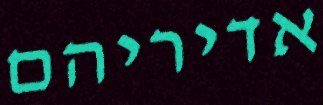
אדיריהם